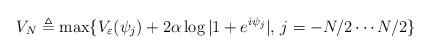
LaTeX: \begin{align*}V_N\triangleq\max\{V_{\varepsilon}(\psi_j)+2\alpha\log|1+e^{i\psi_j}|,\,j=-N/2\cdots N/2\}\end{align*}